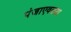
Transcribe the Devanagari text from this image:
पंजाएवढ्या